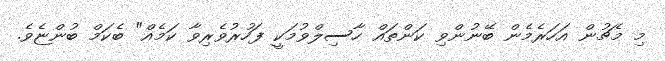
މި މެޗުން އަހަރެމެން ބޭނުންވި ކަންތައް ހާސިލްވުމަކީ ފަހުރުވެރިވާ ކަމެއް" ބެކަމް ބުންޏެވެ.